Indian journal of veterinary science and animal husbandry - Volumes 22-23, 1952-1953
Year: 1952
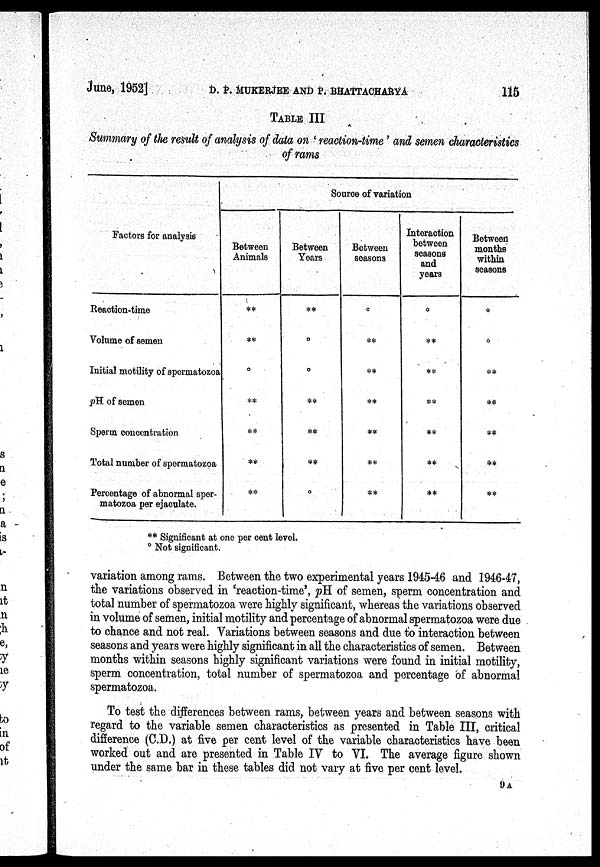
June, 1952] D. P. MUKHERJEE AND P. BHATTACHARYA 116
TABLE III
Summary of the result of analysis of data on ' reaction-time' and semen characteristics
of rams
Factors for analysis
Reaction-time
Volume of semen
Initial motility of spermatozoa
pH of semen
Sperm concentration
Total number of spermatozoa
Percentage of abnormal sper-
matozoa per ejaculate.
Source of variation
Between
Animals
**
**
°
**
**
**
**
Between
Years
**
°
°
**
**
**
°
Between
seasons
°
**
**
**
**
**
**
Interaction
between
seasons
and
years
°
**
**
**
**
**
**
Between
months
within
seasons
°
°
**
**
**
**
**
** Significant at one per cent level.
° Not significant.
variation among rams. Between the two experimental years 1945-46 and 1946-47,
the variations observed in 'reaction-time', pH of semen, sperm concentration and
total number of spermatozoa were highly significant, whereas the variations observed
in volume of semen, initial motility and percentage of abnormal spermatozoa were due
to chance and not real. Variations between seasons and due to interaction between
seasons and years were highly significant in all the characteristics of semen. Between
months within seasons highly significant variations were found in initial motility,
sperm concentration, total number of spermatozoa and percentage of abnormal
spermatozoa.
To test the differences between rams, between years and between seasons with
regard to the variable semen characteristics as presented in Table III, critical
difference (C.D.) at five per cent level of the variable characteristics have been
worked out and are presented in Table IV to VI. The average figure shown
under the same bar in these tables did not vary at five per cent level.
9 A